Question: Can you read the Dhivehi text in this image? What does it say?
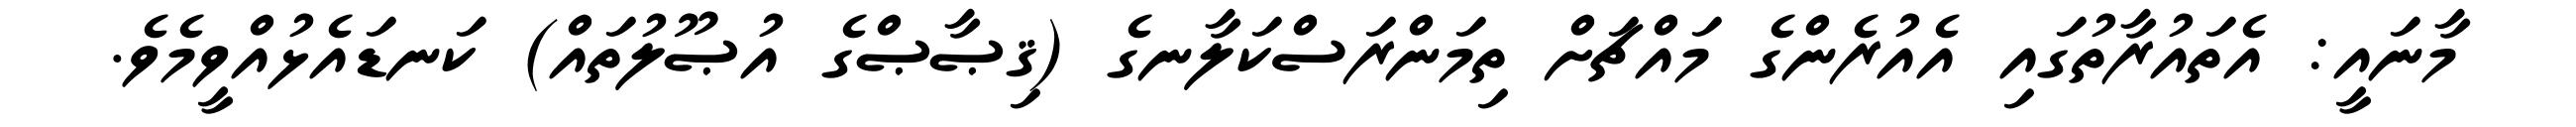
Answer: މާނައީ: އެތައުރާތުގައި އެއުރެންގެ މައްޗަށް ތިމަންރަސްކަލާނގެ (ޤިޞާޞްގެ އުޞޫލުތައް) ކަނޑައެޅުއްވީމެވެ.